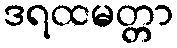
ဒရထမတ္တာ